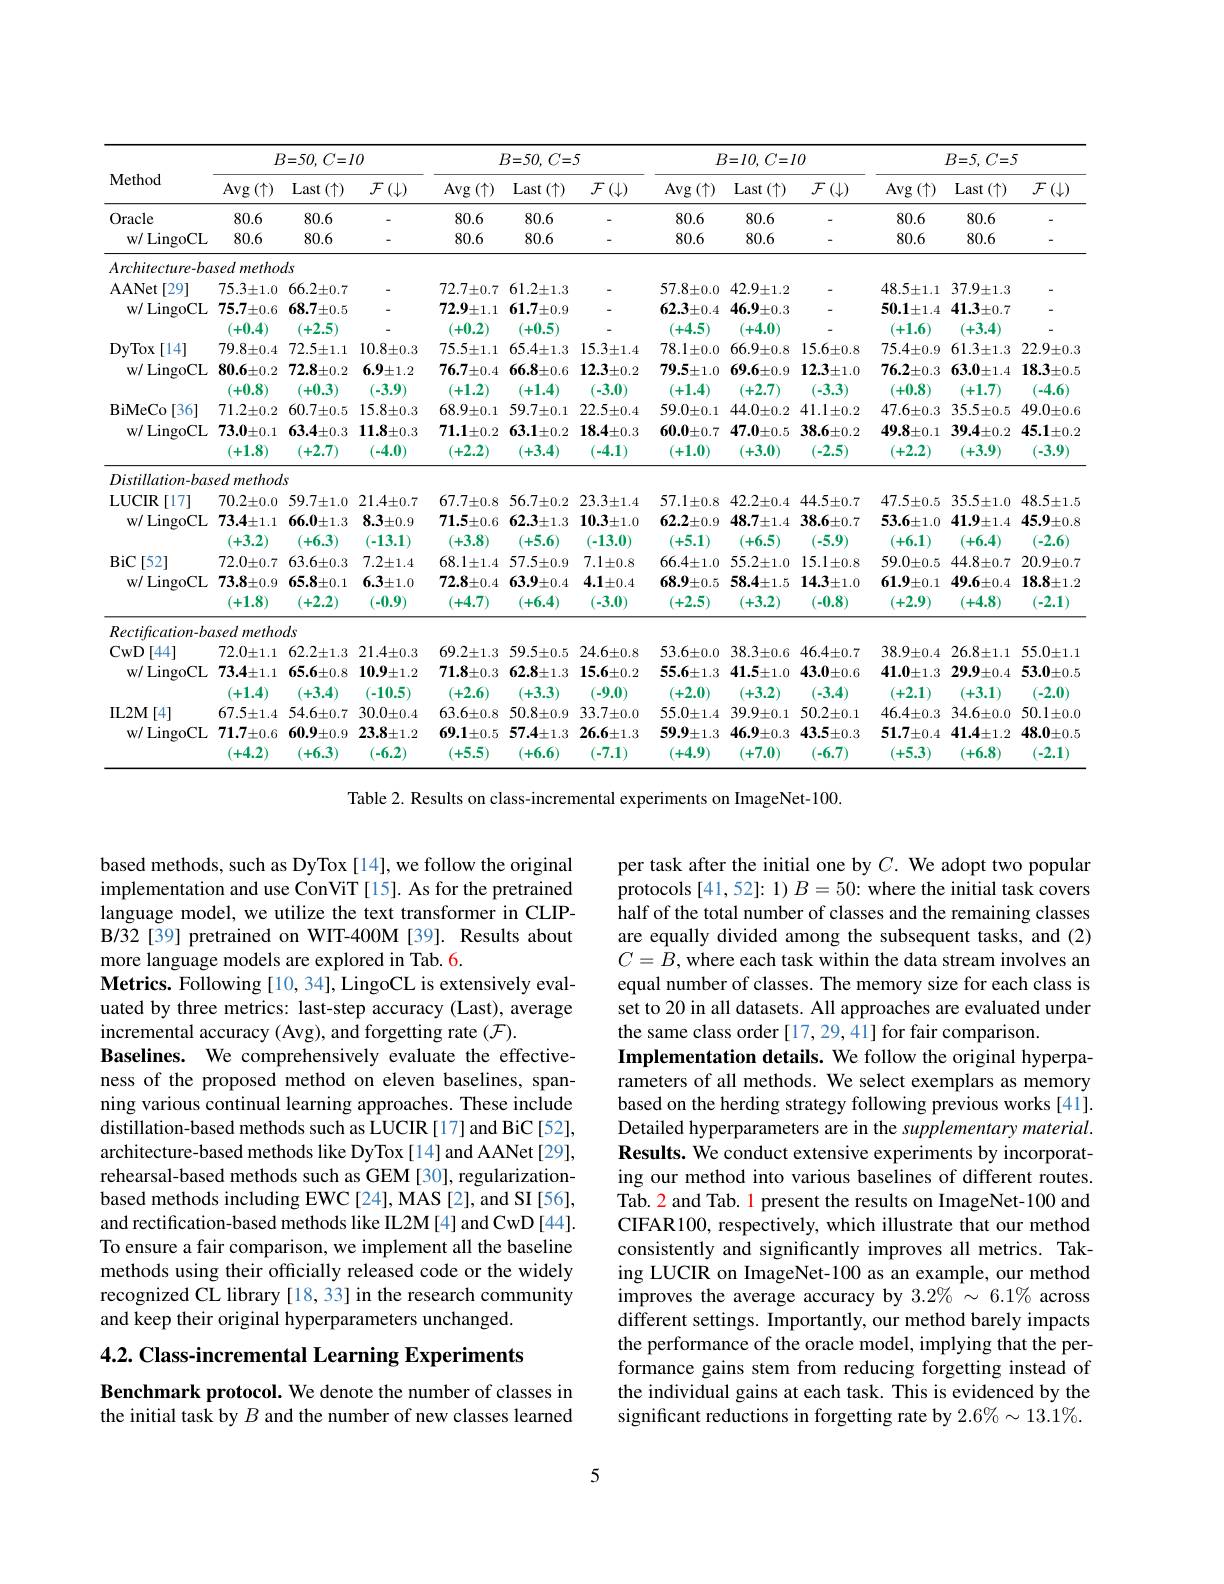
<table>
	<tbody>
		<tr>
			<th rowspan="2">Method</th>
			<th colspan="3">$B{= }50$, $C{= }10$</th>
			<th colspan="3">$B= 50$, $C= 5$</th>
			<th colspan="3">$B{= }I0$, $C{= }I0$</th>
			<th colspan="3">$B= 5$, $C= 5$</th>
		</tr>
		<tr>
			<th>$\operatorname{Avg}(\uparrow)$</th>
			<th>Last $(\uparrow)$</th>
			<th>$\mathcal{F}\left(\downarrow\right)$</th>
			<th>$\operatorname{Avg}(\uparrow)$</th>
			<th>Last $(\uparrow)$ </th>
			<th>$\mathcal{F}\left(\downarrow\right)$</th>
			<th>$\operatorname{Avg}(\uparrow)$</th>
			<th>Last $t\left(\uparrow\right)$ 1</th>
			<th>$\mathcal{F}\left(\downarrow\right)$</th>
			<th>$\operatorname{Avg}(\uparrow)$</th>
			<th>$\operatorname{Last}(\uparrow)$ </th>
			<th>$\mathcal{F}\left(\downarrow\right)$</th>
		</tr>
		<tr>
			<td>Oracle</td>
			<td>80.6</td>
			<td>80.6</td>
			<td> </td>
			<td>80.6</td>
			<td>80.6</td>
			<td> </td>
			<td>80.6</td>
			<td>80.6</td>
			<td> </td>
			<td>80.6</td>
			<td>80.6</td>
			<td> </td>
		</tr>
		<tr>
			<td>W/ LingoCL</td>
			<td>80.6</td>
			<td>80.6</td>
			<td> </td>
			<td>80.6</td>
			<td>80.6</td>
			<td> </td>
			<td>80.6</td>
			<td>80.6</td>
			<td> </td>
			<td>80.6</td>
			<td>80.6</td>
			<td> </td>
		</tr>
		<tr>
			<td>$Architecture-bc$</td>
			<td>metho sed</td>
			<td>$ds$</td>
			<td> </td>
			<td> </td>
			<td> </td>
			<td> </td>
			<td> </td>
			<td> </td>
			<td> </td>
			<td> </td>
			<td> </td>
			<td> </td>
		</tr>
		<tr>
			<td rowspan="1">$\mathbf{AANet}$ [29] 1 w/ LingoCL</td>
			<td>$75.3\pm1.0$ $75.7\pm0.6$</td>
			<td>$66.2\pm0.7$ $68.7\pm0.5$</td>
			<td> </td>
			<td>$72.7\pm0.7$ $72.9\pm1.1$</td>
			<td>$61.2\pm1.3$ $61.7\pm0.9$</td>
			<td> </td>
			<td>$57.8\pm0.0$ $62.3\pm0.4$</td>
			<td>$42.9\pm1.2$ $46.9\pm0.3$</td>
			<td> </td>
			<td>$48.5\pm1.1$ $50.1\pm1.4$</td>
			<td>$37.9\pm1.3$ $41.3\pm0.7$</td>
			<td> </td>
		</tr>
		<tr>
			<td>${\mathcal{N}}/{\mathcal{L}}$IIgoCI</td>
			<td>$I\boldsymbol{v}_{\bullet}I\boldsymbol{r}U.0$ (+0.4)</td>
			<td>00.10.0 (+2.5)</td>
			<td>-</td>
			<td>14.71.1 (+0.2)</td>
			<td>0.1.1.0.3 (+0.5)</td>
			<td>-</td>
			<td>0.0.0.0.4 (+4.5)</td>
			<td>40.710.0 (+4.0)</td>
			<td>-</td>
			<td>JU.ITI.4 (+1.6)</td>
			<td>$+1.0\pm0.6$ (+3.4)</td>
			<td>-</td>
		</tr>
		<tr>
			<td rowspan="1">DyTox [14] W/ LingoCL</td>
			<td>$19.0\pm0.4$ $80.6\pm0.2$</td>
			<td>$I\angle.D\pm1.\bot$ $72.8\pm0.2$</td>
			<td>$10.8\pm0.3$ $6.9\pm1.2$</td>
			<td>$1.0.0\pm1.1$ $76.7\pm0.4$</td>
			<td>$0.4\pm1.3$ $66.8\pm0.6$</td>
			<td>$1.0.3\pm1.4$ $12.3\pm0.2$</td>
			<td>$/8.1\pm0.0$ $79.5\pm1.0$</td>
			<td>$00.9\pm0.8$ $69.6\pm0.9$</td>
			<td>$1.0.0\pm0.8$ $12.3\pm1.0$</td>
			<td>$10.4\pm0.9$ $76.2\pm0.3$</td>
			<td>$01.3\pm1.3$ $63.0\pm1.4$</td>
			<td>$\angle\angle.9\pm0.$ $18.3\pm0.5$</td>
		</tr>
		<tr>
			<td>W/ LingoCL</td>
			<td>$80.6\pm0.2$ (+0.8)</td>
			<td>$72.8\pm0.2$ (+0.3)</td>
			<td>$6.9\pm1.2$ (-3.9)</td>
			<td>$76.7\pm0.4$ (+1.2)</td>
			<td>$$66.8\pm0.6$$ (+1.4)</td>
			<td>$12.3\pm0.2$ (-3.0)</td>
			<td>$79.5\pm1.0$ (+1.4) -</td>
			<td>$$69.6\pm0.9$$ (+2.7)</td>
			<td>$12.3\pm1.0$ (-3.3)</td>
			<td>$76.2\pm0.3$ (+0.8)</td>
			<td>$63.0\pm1.4$ (+1.7)</td>
			<td>$18.3\pm0.5$ (-4.6)</td>
		</tr>
		<tr>
			<td>BiMeCo[ 36] W/ LingoCL</td>
			<td>1-0.0. $71.2\pm0.2$ $73.0\pm0.1$ (+1.8)</td>
			<td>一0.0 $60.7\pm0.5$ $63.4\pm0.3$ +2.7)</td>
			<td>$^{-}.0.7$ $15.8\pm0.3$ $11.8\pm0.3$ (-4.0)</td>
			<td>rina $68.9\pm0.1$ $71.1\pm0.2$ (+2.2)</td>
			<td>r1.4 $59.7\pm0.1$ $63.1\pm0.2$ +3.4)</td>
			<td>-9.0 $22.5\pm0.4$ $18.4\pm0.3$ -4.1)</td>
			<td>r1.4 $59.0\pm0.1$ $60.0\pm0.7$ +1.0)</td>
			<td>r-Lel $44.0\pm0.2$ $47.0\pm0.5$ +3.0)</td>
			<td>$w_{10}$ $41.1\pm0.2$ $38.6\pm0.2$ (-2.5)</td>
			<td>$\mathbf{0}\times\mathbf{0}$ $47.6\pm0.3$ $49.8\pm0.1$ +2.2)</td>
			<td>$r1*1$, $35.5\pm0.5$ $39.4\pm0.2$ (+3.9)</td>
			<td>+.0, $49.0\pm0.6$ $45.1\pm0.2$ (-3.9)</td>
		</tr>
		<tr>
			<td> </td>
			<td>+1.8)</td>
			<td>+2.7)</td>
			<td>(-4.0)</td>
			<td>(+2.2)</td>
			<td>(+3.4)</td>
			<td>(-4.1)</td>
			<td>+1.0)</td>
			<td>(+3.0)</td>
			<td>(-2.5)</td>
			<td>+2.2)</td>
			<td>(+3.9)</td>
			<td>(-3.9)</td>
		</tr>
		<tr>
			<td>Dlst $on-ba$ 11</td>
			<td>$ed$ methoce</td>
			<td>$ls$</td>
			<td> </td>
			<td> </td>
			<td> </td>
			<td> </td>
			<td> </td>
			<td> </td>
			<td> </td>
			<td> </td>
			<td> </td>
			<td> </td>
		</tr>
		<tr>
			<td>LUCIR [17] W/ LingoCL</td>
			<td> 1 1 1 $70.2\pm0.0$ $73.4\pm1.1$ (+3.2)</td>
			<td>$59.7\pm1.0$ $66.0\pm1.3$ (+6.3)</td>
			<td>$21.4\pm0.7$ $8.3\pm0.9$ (-13.1)</td>
			<td>$67.7\pm0.8$ $71.5\pm0.6$ (+3.8)</td>
			<td>$56.7\pm0.2$ $62.3\pm1.3$ (+5.6)</td>
			<td>$23.3\pm1.4$ $10.3\pm1.0$ (-13.0)</td>
			<td>$57.1\pm0.8$ $62.2\pm0.9$ +5.1)</td>
			<td>$42.2\pm0.4$ $48.7\pm1.4$ (+6.5)</td>
			<td>$44.5\pm0.7$ $38.6\pm0.7$ (-5.9)</td>
			<td>$47.5\pm0.5$ $53.6\pm1.0$ (+6.1)</td>
			<td>$35.5\pm1.0$ $41.9\pm1.4$ (+6.4)</td>
			<td>$48.5\pm1.5$ $45.9\pm0.8$ (-2.6)</td>
		</tr>
		<tr>
			<td>W/ LingoCL</td>
			<td>$73.8\pm0.9$ (+1.8)</td>
			<td>$65.8\pm0.1$ (+2.2)</td>
			<td>$6.3\pm1.0$ (-0.9)</td>
			<td>$72.8\pm0.4$ (+4.7)</td>
			<td>$63.9\pm0.4$ (+6.4)</td>
			<td>$4.1\pm0.4$ (-3.0)</td>
			<td>$68.9\pm0.5$ (+2.5)</td>
			<td>$58.4\pm1.5$ (+3.2)</td>
			<td>$14.3\pm1.0$ (-0.8)</td>
			<td>$61.9\pm0.1$ (+2.9)</td>
			<td>$49.6\pm0.4$ (+4.8)</td>
			<td>$18.8\pm1.2$ (-2.1)</td>
		</tr>
		<tr>
			<td>stcityremon t CwD [44] W/ LingoCL</td>
			<td>sucu metile $72.0\pm1.1$ $73.4\pm1.1$</td>
			<td>L4.9 $62.2\pm1.3$ $65.6\pm0.8$</td>
			<td>$21.4\pm0.3$ $10.9\pm1.2$</td>
			<td>$69.2\pm1.3$ $71.8\pm0.3$</td>
			<td>$59.5\pm0.5$ $62.8\pm1.3$</td>
			<td>$24.6\pm0.8$ $15.6\pm0.2$</td>
			<td>$53.6\pm0.0$ $55.6\pm1.3$</td>
			<td>$38.3\pm0.6$ $41.5\pm1.0$</td>
			<td>$46.4\pm0.7$ $43.0\pm0.6$</td>
			<td>$38.9\pm0.4$ $41.0\pm1.3$</td>
			<td>$26.8\pm1.1$ $29.9\pm0.4$</td>
			<td>$55.0\pm1.1$ $53.0\pm0.5$</td>
		</tr>
		<tr>
			<td>IL2M[ 4] w/ LingoCL</td>
			<td>- $67.5\pm1.4$ $71.7\pm0.6$ (+4.2)</td>
			<td>$\mathbf{u}_{1}$, $54.6\pm0.7$ $60.9\pm0.9$ (+6.3)</td>
			<td>一 $30.0\pm0.4$ $23.8\pm1.2$ (-6.2)</td>
			<td>一 1 $63.6\pm0.8$ $69.1\pm0.5$ (+5.5)</td>
			<td>PIU $50.8\pm0.9$ $57.4\pm1.3$ (+6.6)</td>
			<td>- $33.7\pm0.0$ $26.6\pm1.3$ (-7.1)</td>
			<td>- 00 $55.0\pm1.4$ $59.9\pm1.3$ (+4.9) 一</td>
			<td>UTE $39.9\pm0.1$ $46.9\pm0.3$ (+7.0)</td>
			<td>-1 $50.2\pm0.1$ $43.5\pm0.3$ (-6.7)</td>
			<td>-114 $46.4\pm0.3$ $51.7\pm0.4$ (+5.3)</td>
			<td>$\mathbf{U}^{\mathbf{T}\mathbf{A}}/$ $34.6\pm0.0$ $41.4\pm1.2$ (+6.8)</td>
			<td>- 10 $50.1\pm0.0$ $48.0\pm0.5$ (-2.1)</td>
		</tr>
	</tbody>
</table>
Table 2. Results on class-incremental experiments on ImageNet-100.

based methods, such as DyTox [14], we follow the original implementation and use ConViT [15]. As for the pretrained language model, we utilize the text transformer in CLIPB/32[39] pretrained on WIT-400M[39]. Results about more language models are explored in Tab. 6.
Metrics. Following [10, 34], LingoCL is extensively evaluated by three metrics: last-step accuracy (Last), average incremental accuracy (Avg), and forgetting rate (F).
Baselines. We comprehensively evaluate the effectiveness of the proposed method on eleven baselines, spanning various continual learning approaches. These include distillation-based methods such as LUCIR [17] and BiC [52], architecture-based methods like DyTox [14] and AANet[29], rehearsal-based methods such as GEM [30], regularizationbased methods including EWC[24], MAS[2], and SI[56], and rectification-based methods like IL2M [4] and CwD [44]. To ensure a fair comparison, we implement all the baseline methods using their officially released code or the widely recognized CL library [18,33] in the research community and keep their original hyperparameters unchanged.

4.2. Class-incremental Learning Experiments

Benchmark protocol. We denote the number of classes in the initial task by $B$ and the number of new classes learned

per task after the initial one by $C.$ We adopt two popular protocols [41,52]: 1) $B=50$: where the initial task covers half of the total number of classes and the remaining classes are equally divided among the subsequent tasks, and (2) $C=B$, where each task within the data stream involves an equal number of classes. The memory size for each class is set to 20 in all datasets. All approaches are evaluated under the same class order [17,29,41] for fair comparison.
Implementation details. We follow the original hyperparameters of all methods. We select exemplars as memory based on the herding strategy following previous works [41]. Detailed hyperparameters are in the supplementary material. Results. We conduct extensive experiments by incorporating our method into various baselines of different routes. Tab. 2 and Tab. 1 present the results on ImageNet-100 and CIFAR100, respectively, which illustrate that our method consistently and significantly improves all metrics. Taking LUCIR on ImageNet-100 as an example, our method improves the average accuracy by $3.2\%\sim6.1\%$ across different settings. Importantly, our method barely impacts the performance of the oracle model, implying that the performance gains stem from reducing forgetting instead of the individual gains at each task. This is evidenced by the significant reductions in forgetting rate by 2.6% 13.1%.

5